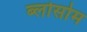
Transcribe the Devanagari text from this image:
ब्लोसोम